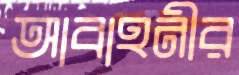
আবাহনীর